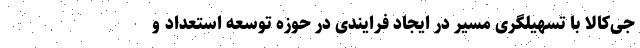
جی‌کالا با تسهیلگری مسیر در ایجاد فرایندی در حوزه توسعه استعداد و